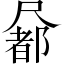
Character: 𡳢